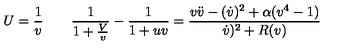
U = { \frac { 1 } { v } } \qquad { \frac { 1 } { 1 + { \frac { V } { v } } } } - { \frac { 1 } { 1 + u v } } = \frac { v \ddot { v } - ( \dot { v } ) ^ { 2 } + \alpha ( v ^ { 4 } - 1 ) } { \dot { v } ) ^ { 2 } + R ( v ) }